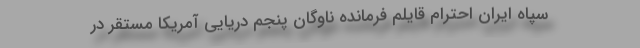
سپاه ایران احترام قایلم فرمانده ناوگان پنجم دریایی آمریکا مستقر در